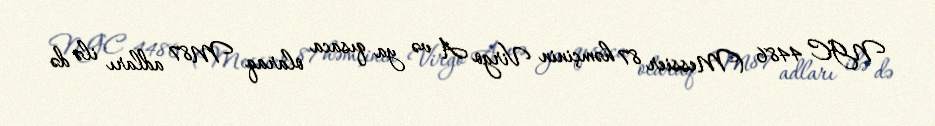
NGC 4486 (Messier 87 həmçinin Virgo A və ya qısaca olaraq M87 adları ilə də